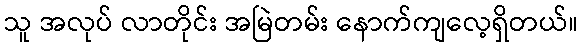
သူ အလုပ် လာတိုင်း အမြဲတမ်း နောက်ကျလေ့ရှိတယ်။